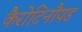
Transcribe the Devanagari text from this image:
कैरोटिनौयड